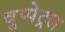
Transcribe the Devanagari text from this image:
वुप्‍पेट्रल